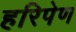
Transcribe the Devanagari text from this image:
हरिपेण